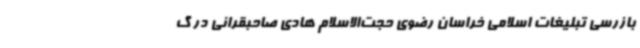
بازرسی تبلیغات اسلامی خراسان رضوی حجت‌الاسلام هادی صاحبقرانی در گ